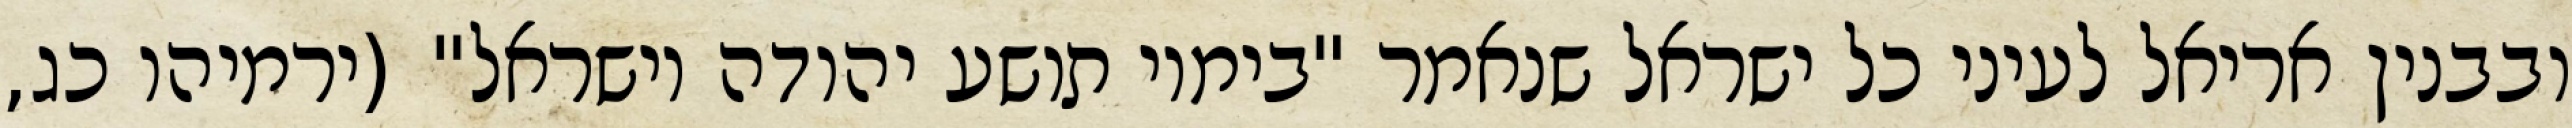
ובבנין אריאל לעיני כל ישראל שנאמר "בימיו תושע יהודה וישראל" (ירמיהו כג,